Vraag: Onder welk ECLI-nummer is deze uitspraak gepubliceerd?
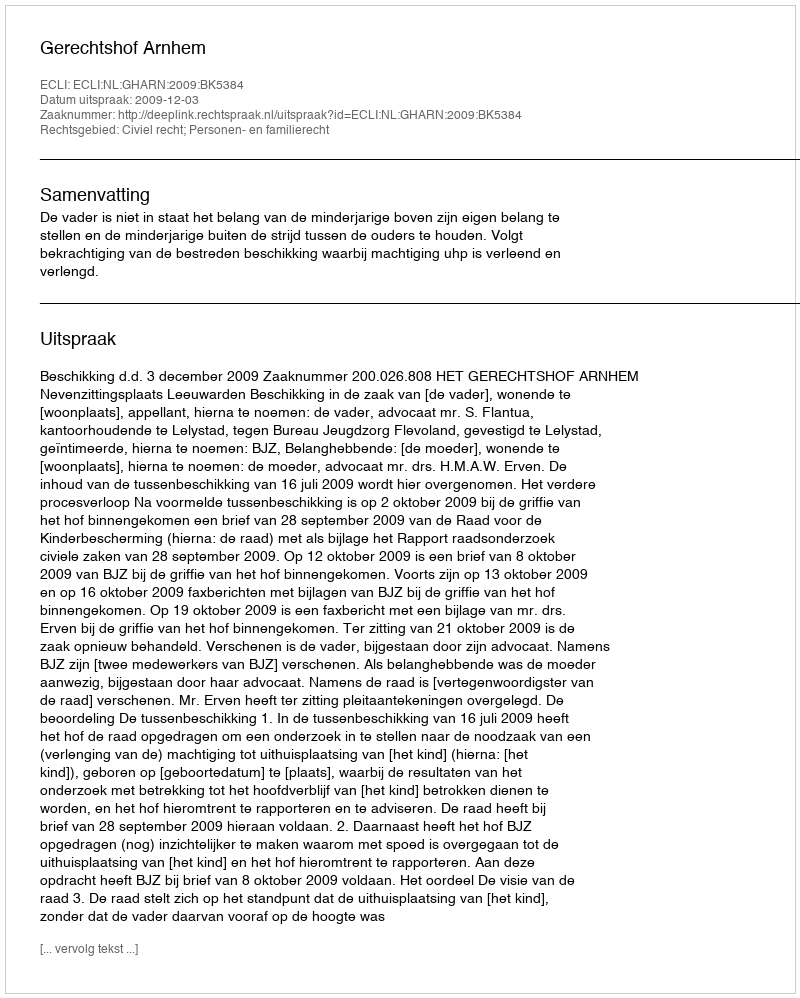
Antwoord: ECLI:NL:GHARN:2009:BK5384